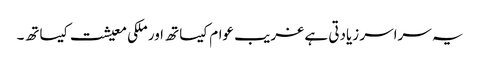
یہ سراسر زیادتی ہے غریب عوام کیساتھ اور ملکی معیشت کیساتھ۔